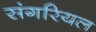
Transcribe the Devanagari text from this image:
संगरियल